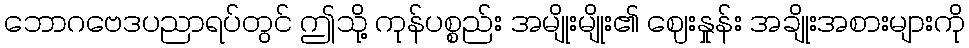
ဘောဂဗေဒပညာရပ်တွင် ဤသို့ ကုန်ပစ္စည်း အမျိုးမျိုး၏ ဈေးနှုန်း အချိုးအစားများကို